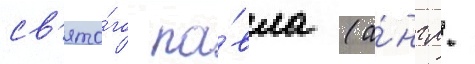
св'ято́го па́вла (а́нгл.